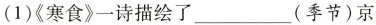
(1)《寒食》一诗描绘了___(季节)京